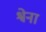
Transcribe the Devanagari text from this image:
श्वेना